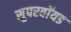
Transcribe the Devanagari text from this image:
सुपरवॉयड